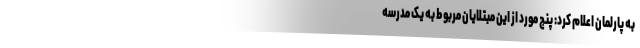
به پارلمان اعلام کرد: پنج مورد از این مبتلایان مربوط به یک مدرسه